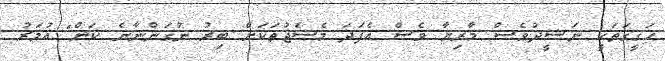
ހަގީގަތަކީ ނަޝީދުވެސް މާރިޔާ ވެސް އެފަދަ މެސެޖުތަކަށް ބިރު ނުގަންނާނެ ކަން" އުމަރު